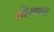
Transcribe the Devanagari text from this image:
तोरणच